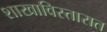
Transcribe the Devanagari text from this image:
शाखाविस्तारात